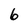
Character: 6